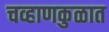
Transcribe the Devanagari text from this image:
चव्हाणकुळात